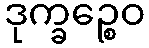
ဒုက္ခဉ္စေဝ